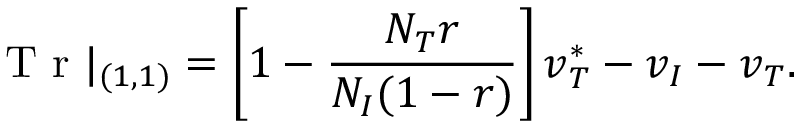
\mathrm { ~ T ~ r ~ } | _ { ( 1 , 1 ) } = \left[ 1 - \frac { N _ { T } r } { N _ { I } ( 1 - r ) } \right] v _ { T } ^ { * } - v _ { I } - v _ { T } .